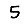
Digit: 5